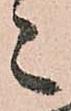
々